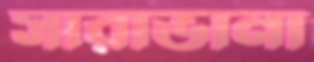
সারাভানা